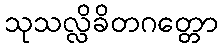
သုသလ္လိခိတဂတ္တော